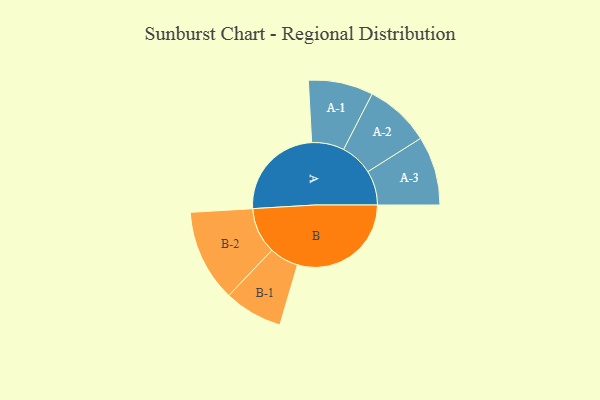
{"axis": {"x": "Segment", "y": "Value"}, "legend": ["", "A", "B"], "data": [{"x": "A", "y": 361, "type": ""}, {"x": "B", "y": 425, "type": ""}, {"x": "A-1", "y": 121, "type": "A"}, {"x": "A-2", "y": 122, "type": "A"}, {"x": "A-3", "y": 129, "type": "A"}, {"x": "B-1", "y": 109, "type": "B"}, {"x": "B-2", "y": 172, "type": "B"}]}